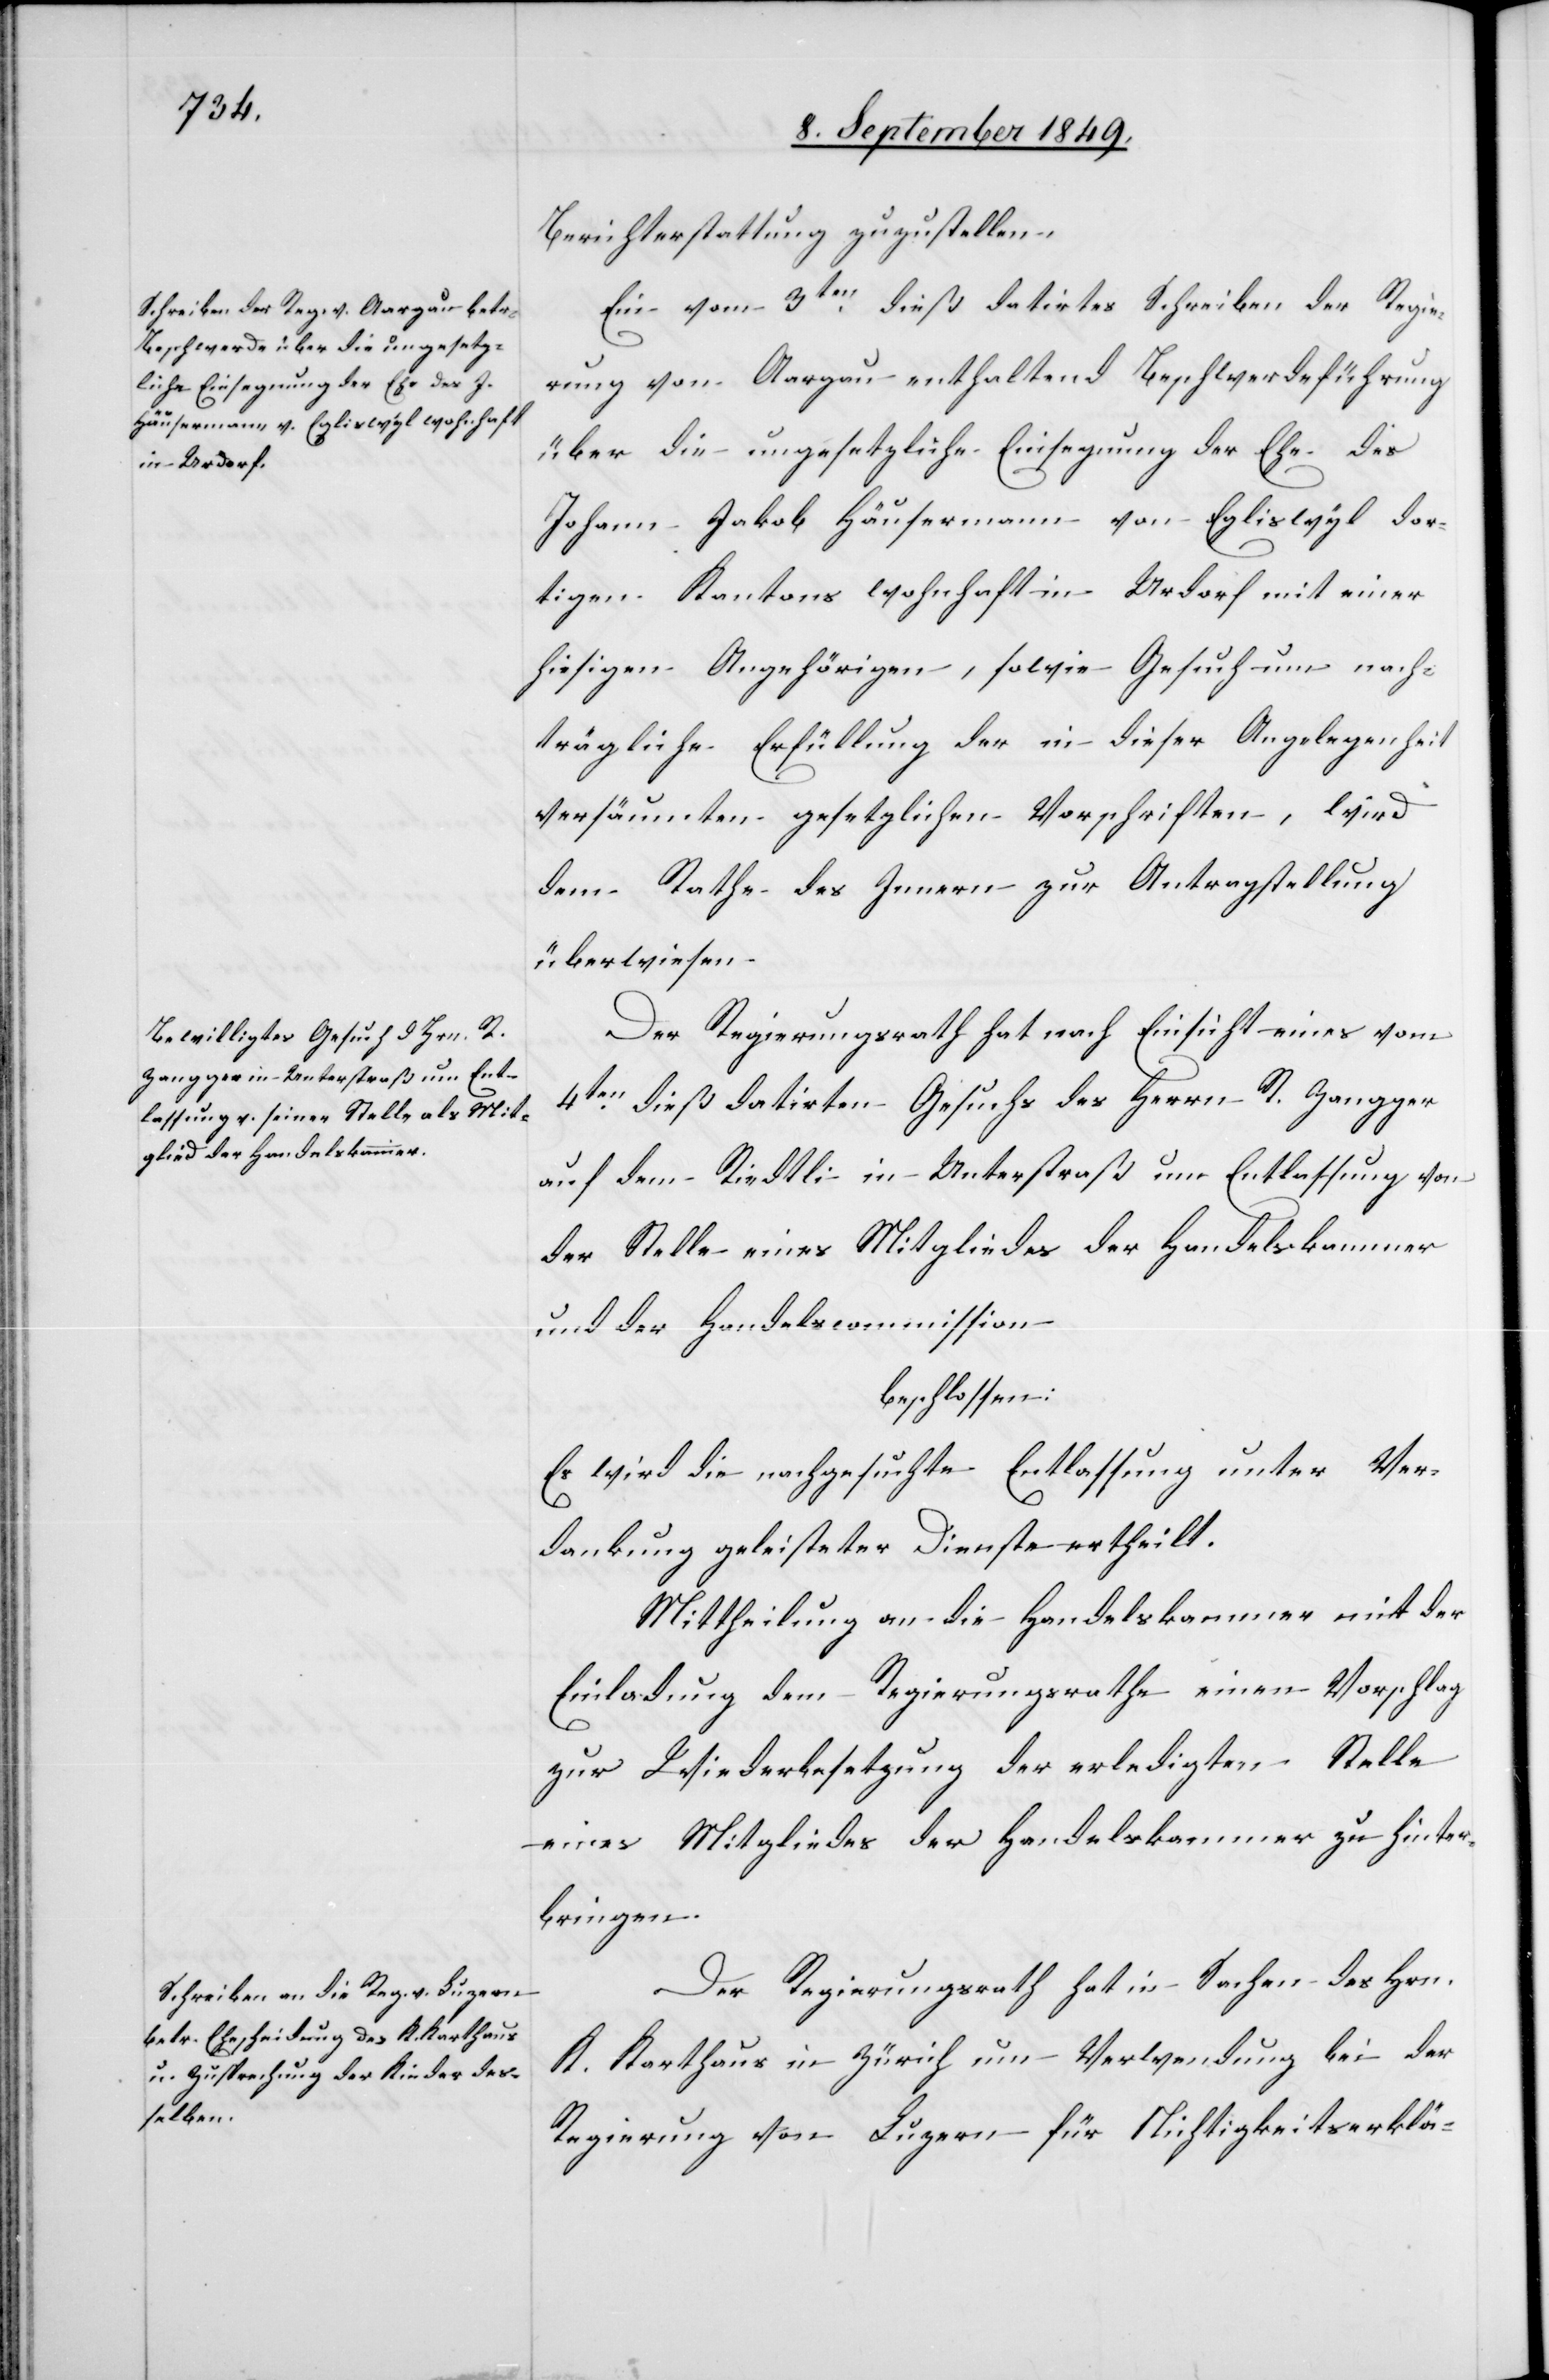
Berichterstattung zuzustellen.
Ein vom 3ten dieß datirtes Schreiben der Regie¬
rung von Aargau enthaltend Beschwerdeführung
über die ungesetzliche Einsegnung der Ehe des
Johann Jakob Häusermann von Egliswyl dor¬
tigen Kantons wohnhaft in Urdorf mit einer
hiesigen Angehörigen, sowie Gesuch um nach¬
trägliche Erfüllung der in dieser Angelegenheit
versäumten gesetzlichen Vorschriften, wird
dem Rathe des Innern zur Antragstellung
überwiesen.
Der Regierungsrath hat nach Einsicht eines vom
4ten dieß datirten Gesuchs des Herrn R. Zangger
auf dem Riedtli in Unterstraß um Entlassung von
der Stelle eines Mitgliedes der Handelskammer
und der Handelscommission
beschlossen:
Es wird die nachgesuchte Entlassung unter Ver¬
dankung geleisteter Dienste ertheilt.
Mittheilung an die Handelskammer mit der
Einladung dem Regierungsrathe einen Vorschlag
zur Wiederbesetzung der erledigten Stelle
eines Mitgliedes der Handelskammer zu hinter¬
bringen.
Der Regierungsrath hat in Sachen des Hrn.
K. Karthaus in Zürich um Verwendung bei der
Regierung von Luzern für Nichtigkeitserklä-